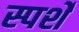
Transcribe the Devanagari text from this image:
स्पर्शें